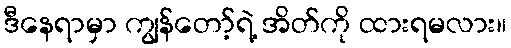
ဒီနေရာမှာ ကျွန်တော့်ရဲ့ အိတ်ကို ထားရမလား။